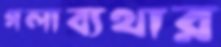
গলাব্যথার